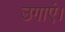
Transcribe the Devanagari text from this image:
उगाएं।